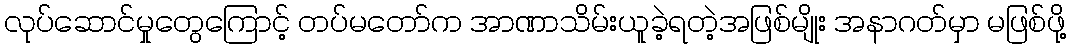
လုပ်ဆောင်မှုတွေကြောင့် တပ်မတော်က အာဏာသိမ်းယူခဲ့ရတဲ့အဖြစ်မျိုး အနာဂတ်မှာ မဖြစ်ဖို့